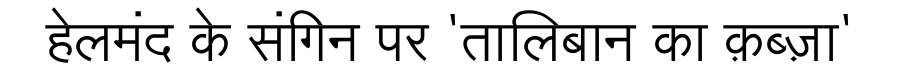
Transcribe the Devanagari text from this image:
हेलमंद के संगिन पर 'तालिबान का क़ब्ज़ा'